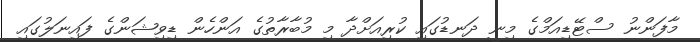
މާފަންނު ސްޓޭޑިއަމްގެ މިނީ ދަނޑުގައި ކުރިއަށްދާ މި މުބާރާތުގެ އަންހެން ޑިވިޝަންގެ ފައިނަލުގައި